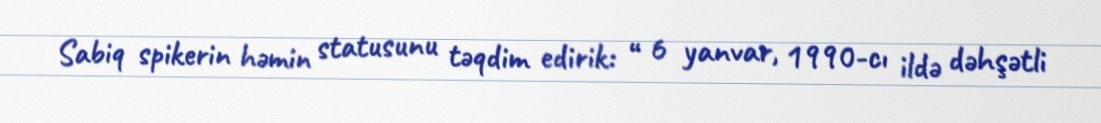
Sabiq spikerin həmin statusunu təqdim edirik: “ 6 yanvar, 1990-cı ildə dəhşətli